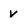
Character: v